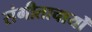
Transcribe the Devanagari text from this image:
संगीताचार्यों